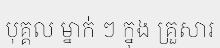
បុគ្គល ម្នាក់ ៗ ក្នុង គ្រួសារ